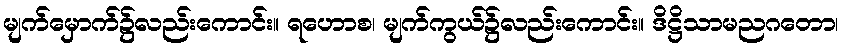
မျက်မှောက်၌လည်းကောင်း။ ရဟောစ၊ မျက်ကွယ်၌လည်းကောင်း။ ဒိဋ္ဌိသာမညဂတော၊